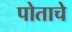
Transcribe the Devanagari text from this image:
पोताचे